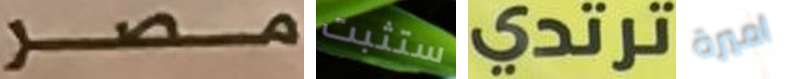
مصر ستثبت ترتدي اميرة